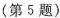
(第5题)